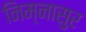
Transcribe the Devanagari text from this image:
निम्नासुर